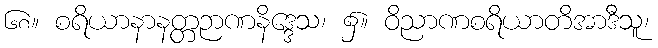
၆၈။ စရိယာနာနတ္တဉာဏနိဒ္ဒေသ၊ ၌။ ဝိညာဏစရိယာတိအာဒီသူ၊